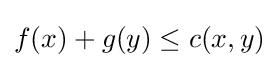
f(x)+g(y)\leq c(x,y)